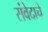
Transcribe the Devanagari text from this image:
संवेदाचे